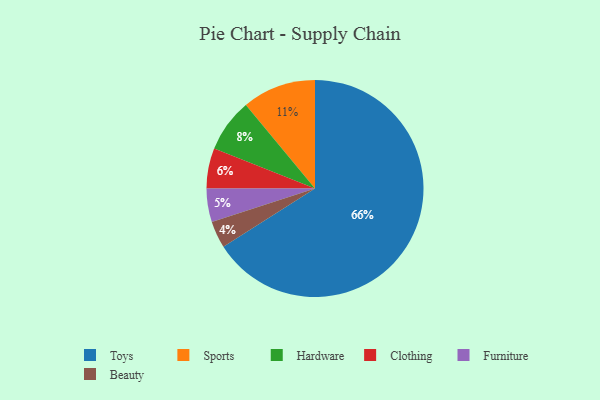
{"axis": {"x": "Category", "y": "Percentage"}, "legend": ["Beauty", "Clothing", "Furniture", "Hardware", "Sports", "Toys"], "data": [{"x": "Hardware", "y": 8, "type": "Hardware"}, {"x": "Sports", "y": 11, "type": "Sports"}, {"x": "Beauty", "y": 4, "type": "Beauty"}, {"x": "Toys", "y": 66, "type": "Toys"}, {"x": "Furniture", "y": 5, "type": "Furniture"}, {"x": "Clothing", "y": 6, "type": "Clothing"}]}